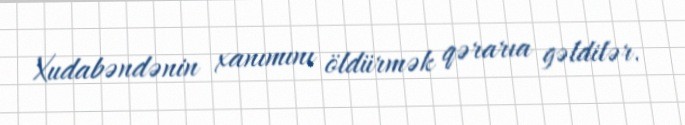
Xudabəndənin xanımını öldürmək qərarıa gəldilər.